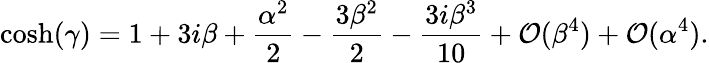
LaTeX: \cosh(\gamma)=1+3i\beta+\frac{\alpha^{2}}{2}-\frac{3\beta^{2}}{2}-\frac{3i\beta^{3}}{10}+\mathcal O(\beta^{4})+\mathcal O(\alpha^{4}).